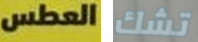
العطس تشك